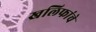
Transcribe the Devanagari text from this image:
खलिफांचे